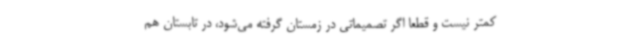
کمتر نیست و قطعا اگر تصمیماتی در زمستان گرفته می‌شود، در تابستان هم